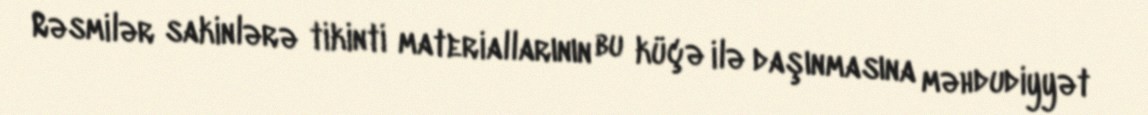
Rəsmilər sakinlərə tikinti materiallarının bu küçə ilə daşınmasına məhdudiyyət